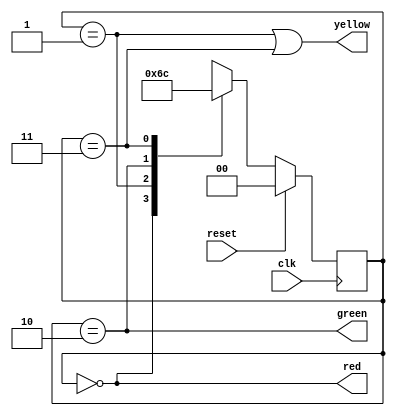
module fsm_trafic_light(clk,reset, red,yellow, green);
input clk, reset;
//output [1:0] state;
output red,yellow,green;
reg [1:0] next_state;
reg[1:0] state;
parameter [1:0] FIRST= 2'b00;
parameter [1:0] SECOND= 2'b01;
parameter [1:0] THIRD = 2'b10;
parameter [1:0] FOURTH=2'b11;
always @(posedge clk) // sequential
begin
if (reset) state <= FIRST;
else state <= next_state;
end

always @* // combinational
begin
case(state)
FIRST: if (reset)
 	next_state = FIRST;
	else next_state = SECOND;
SECOND: if (reset)
	next_state = FIRST;
	else 	next_state = THIRD;
THIRD: if (reset) 
	next_state = FIRST;
	else 	next_state = FOURTH;
FOURTH: if (reset) 
	next_state = FIRST;
	else 	next_state = FIRST;	
	endcase end
// output logic described using continuous assignment

assign red = (state == FIRST);
assign yellow = (state == SECOND | (state == FOURTH));
assign green = (state == THIRD);
endmodule


module tb_fsm_trafic_light();
reg reset;
wire red, yellow, green;
reg clk=0;

fsm_trafic_light DUT (clk,reset, red, yellow, green);

always #5 clk = ~clk;

 

initial
begin

reset=1'b1; #5;
reset=1'b1; #5;
reset=1'b0; #5;
reset=1'b0; #5;
reset=1'b0; #5;
reset=1'b0; #5;
reset=1'b0; #5;
reset=1'b0; #5;
reset=1'b0; #5;
reset=1'b1; #5;
reset=1'b1; #5;

end
endmodule